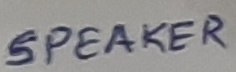
Text: SPEAKER